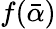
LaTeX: f(\bar{\alpha})